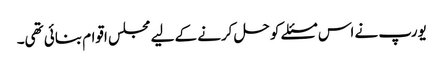
یورپ نے اس مسئلے کو حل کرنے کے لیے مجلس اقوام بنائی تھی۔